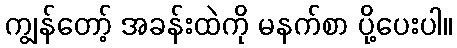
ကျွန်တော့် အခန်းထဲကို မနက်စာ ပို့ပေးပါ။